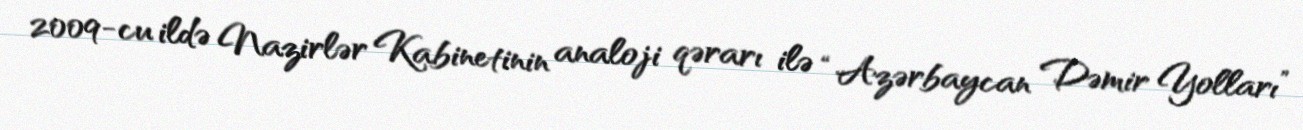
2009-cu ildə Nazirlər Kabinetinin analoji qərarı ilə “Azərbaycan Dəmir Yolları”